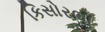
કિસોરભા